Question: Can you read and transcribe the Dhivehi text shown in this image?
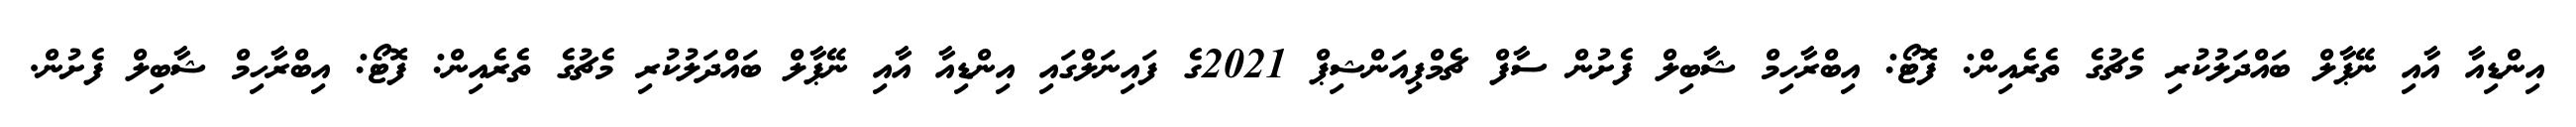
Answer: އިންޑިއާ އާއި ނޭޕާލް ބައްދަލުކުރި މެޗުގެ ތެރެއިން: ފޮޓޯ: އިބްރާހިމް ޝާބިލް ފެށުން ސާފް ޗެމްޕިއަންޝިޕް 2021ގެ ފައިނަލްގައި އިންޑިއާ އާއި ނޭޕާލް ބައްދަލުކުރި މެޗުގެ ތެރެއިން: ފޮޓޯ: އިބްރާހިމް ޝާބިލް ފެށުން.